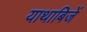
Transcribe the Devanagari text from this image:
याथाबिजें